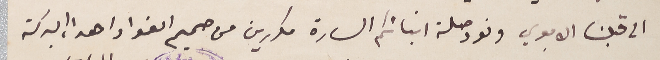
الى قلبنا الابوي ونود صلة ابنائكم السارة مكررين من صميم الفواد واهداء البركة